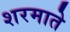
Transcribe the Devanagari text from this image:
शरमाते